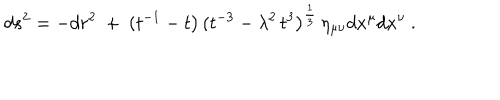
LaTeX: d s ^ { 2 } = - d r ^ { 2 } ~ + ~ ( t ^ { - 1 } - t \big ) \, ( t ^ { - 3 } - \lambda ^ { 2 } \, t ^ { 3 } \big ) ^ { \frac { 1 } { 3 } } \, \eta _ { \mu \nu } d x ^ { \mu } d x ^ { \nu } \ .